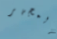
المجهر